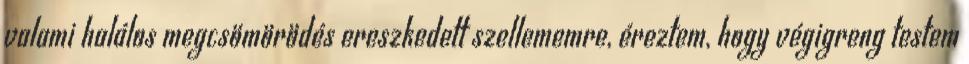
valami halálos megcsömörödés ereszkedett szellememre, éreztem, hogy végigreng testem